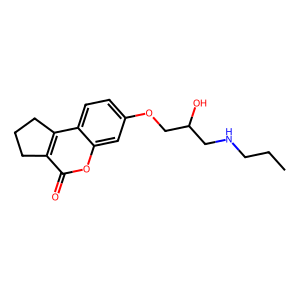
SMILES: CCCNCC(O)COc1ccc2c3c(c(=O)oc2c1)CCC3
Inhibits HIV replication: No